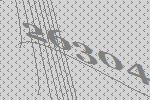
26304